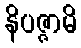
နိပဇ္ဇာမိ